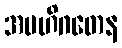
အဗဟိဂတေန